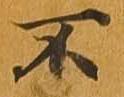
不